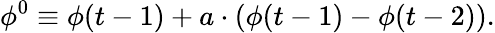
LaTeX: \phi^{0}\equiv\phi(t-1)+a\cdot(\phi(t-1)-\phi(t-2)).